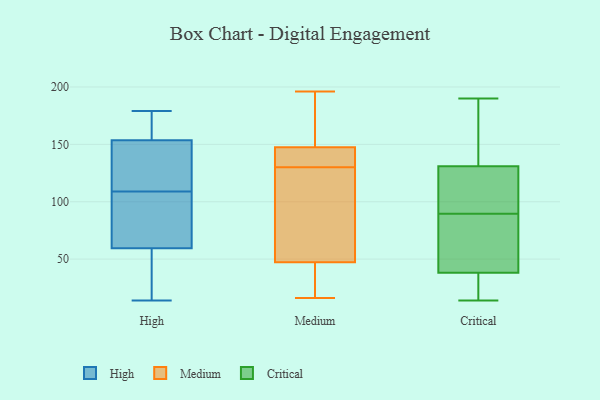
{"axis": {"x": "Revenue (USD Million)", "y": "Value"}, "legend": ["Critical", "High", "Medium"], "data": [{"x": "", "y": 109, "type": "High"}, {"x": "", "y": 60, "type": "High"}, {"x": "", "y": 153, "type": "High"}, {"x": "", "y": 143, "type": "High"}, {"x": "", "y": 58, "type": "High"}, {"x": "", "y": 14, "type": "High"}, {"x": "", "y": 94, "type": "High"}, {"x": "", "y": 141, "type": "High"}, {"x": "", "y": 179, "type": "High"}, {"x": "", "y": 116, "type": "High"}, {"x": "", "y": 155, "type": "High"}, {"x": "", "y": 169, "type": "High"}, {"x": "", "y": 32, "type": "High"}, {"x": "", "y": 77, "type": "High"}, {"x": "", "y": 158, "type": "High"}, {"x": "", "y": 65, "type": "High"}, {"x": "", "y": 29, "type": "High"}, {"x": "", "y": 149, "type": "Medium"}, {"x": "", "y": 45, "type": "Medium"}, {"x": "", "y": 109, "type": "Medium"}, {"x": "", "y": 141, "type": "Medium"}, {"x": "", "y": 112, "type": "Medium"}, {"x": "", "y": 158, "type": "Medium"}, {"x": "", "y": 35, "type": "Medium"}, {"x": "", "y": 123, "type": "Medium"}, {"x": "", "y": 54, "type": "Medium"}, {"x": "", "y": 143, "type": "Medium"}, {"x": "", "y": 16, "type": "Medium"}, {"x": "", "y": 196, "type": "Medium"}, {"x": "", "y": 33, "type": "Medium"}, {"x": "", "y": 149, "type": "Medium"}, {"x": "", "y": 155, "type": "Medium"}, {"x": "", "y": 141, "type": "Medium"}, {"x": "", "y": 43, "type": "Medium"}, {"x": "", "y": 130, "type": "Medium"}, {"x": "", "y": 138, "type": "Medium"}, {"x": "", "y": 156, "type": "Critical"}, {"x": "", "y": 131, "type": "Critical"}, {"x": "", "y": 14, "type": "Critical"}, {"x": "", "y": 126, "type": "Critical"}, {"x": "", "y": 38, "type": "Critical"}, {"x": "", "y": 91, "type": "Critical"}, {"x": "", "y": 32, "type": "Critical"}, {"x": "", "y": 62, "type": "Critical"}, {"x": "", "y": 190, "type": "Critical"}, {"x": "", "y": 88, "type": "Critical"}]}